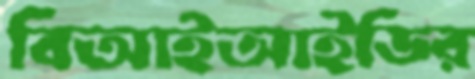
বিআইআইডির